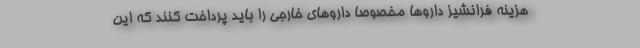
هزینه فرانشیز داروها مخصوصا داروهای خارجی را باید پرداخت کنند که این